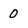
Character: 0